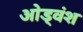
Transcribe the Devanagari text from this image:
ओड्वंश